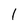
Character: l